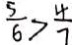
\frac { 5 } { 6 } > \frac { 4 } { 7 }